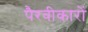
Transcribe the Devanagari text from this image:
पैरवीकारों